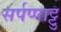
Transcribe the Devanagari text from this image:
सर्पप्पाट्टु